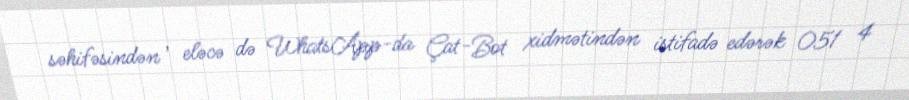
səhifəsindən , eləcə də WhatsApp-da Çat-Bot xidmətindən istifadə edərək 051 4